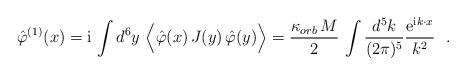
LaTeX: \begin{align*}\hat\varphi^{(1)}(x)={\rm i}\, \int d^{6} y \,\,\Big< \hat\varphi(x)\,J(y)\, \hat\varphi(y) \Big> =\frac{\kappa_{orb}\,M}{2}\, \int\frac{d^{5} k}{(2\pi)^{5}} \frac{{\rm e}^{{\rm i}k\cdot x}}{k^2}~~.\end{align*}